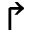
\Rsh